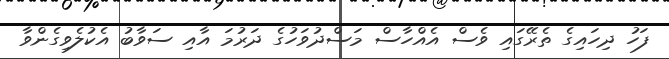
ފަހު ދިހައިގެ ތެރޭގައި ވެސް އެއްހާސް މަސްދުވަހުގެ ދަރުމަ އާއި ސަވާބު އެކުލެވިގެންވާ